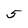
Character: 5